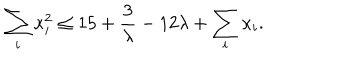
LaTeX: \sum _ { i } \kappa _ { i } ^ { 2 } \leq 1 5 + { \frac { 3 } { \lambda } } - 1 2 \lambda + \sum _ { i } \kappa _ { i } .